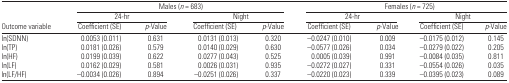
<table><thead><tr><td></td><td colspan="4"><b>Males (<i>n</i> = 683)</b></td><td colspan="4"><b>Females (<i>n</i>= 725)</b></td></tr><tr><td></td><td colspan="2"><b>24-hr</b></td><td colspan="2"><b>Night</b></td><td colspan="2"><b>24-hr</b></td><td colspan="2"><b>Night</b></td></tr><tr><td><b>Outcome variable</b></td><td><b>Coefficient (SE)</b></td><td><b><i>p</i>-Value</b></td><td><b>Coefficient (SE)</b></td><td><b><i>p</i>-Value</b></td><td><b>Coefficient (SE)</b></td><td><b><i>p</i>-Value</b></td><td><b>Coefficient (SE)</b></td><td><b><i>p</i>-Value</b></td></tr></thead><tbody><tr><td>ln(SDNN)</td><td>0.0053 (0.011)</td><td>0.631</td><td>0.0131 (0.013)</td><td>0.320</td><td>−0.0247 (0.010)</td><td>0.009</td><td>−0.0175 (0.012)</td><td>0.145</td></tr><tr><td>ln(TP)</td><td>0.0181 (0.026)</td><td>0.579</td><td>0.0140 (0.029)</td><td>0.630</td><td>−0.0577 (0.026)</td><td>0.034</td><td>−0.0279 (0.022)</td><td>0.205</td></tr><tr><td>ln(HF)</td><td>0.0199 (0.039)</td><td>0.622</td><td>0.0277 (0.043)</td><td>0.525</td><td>0.0005 (0.039)</td><td>0.991</td><td>−0.0084 (0.035)</td><td>0.811</td></tr><tr><td>ln(LF)</td><td>0.0162 (0.029)</td><td>0.581</td><td>0.0026 (0.031)</td><td>0.935</td><td>−0.0272 (0.027)</td><td>0.331</td><td>−0.0554 (0.026)</td><td>0.035</td></tr><tr><td>ln(LF/HF)</td><td>−0.0034 (0.026)</td><td>0.894</td><td>−0.0251 (0.026)</td><td>0.337</td><td>−0.0220 (0.023)</td><td>0.339</td><td>−0.0395 (0.023)</td><td>0.089</td></tr></tbody></table>